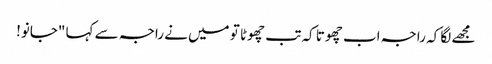
مجھے لگا کہ راجہ اب چھوتا کہ تب چھوٹا تو میں نے راجہ سے کہا "جانو!